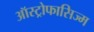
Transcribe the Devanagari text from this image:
ऑस्ट्रोफासिज्म